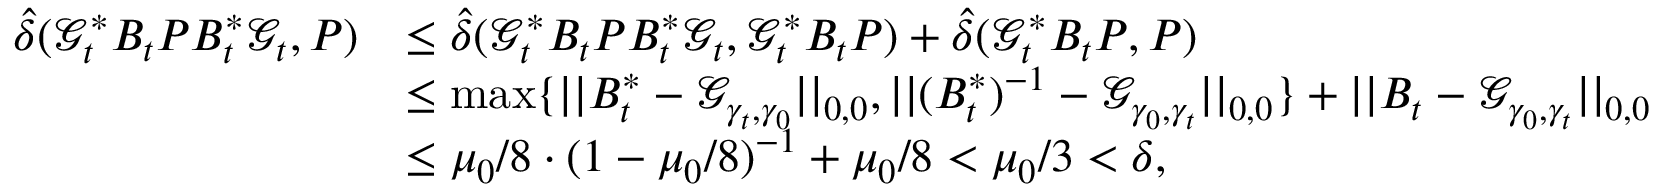
\begin{array} { r l } { \hat { \delta } ( \mathcal { G } _ { t } ^ { \ast } B _ { t } P B _ { t } ^ { \ast } \mathcal { G } _ { t } , P ) } & { \leq \hat { \delta } ( \mathcal { G } _ { t } ^ { \ast } B _ { t } P B _ { t } ^ { \ast } \mathcal { G } _ { t } , \mathcal { G } _ { t } ^ { \ast } B _ { t } P ) + \hat { \delta } ( \mathcal { G } _ { t } ^ { \ast } B _ { t } P , P ) } \\ & { \leq \operatorname* { m a x } \{ | | B _ { t } ^ { \ast } - \mathcal { G } _ { \gamma _ { t } , \gamma _ { 0 } } | | _ { 0 , 0 } , | | ( B _ { t } ^ { \ast } ) ^ { - 1 } - \mathcal { G } _ { \gamma _ { 0 } , \gamma _ { t } } | | _ { 0 , 0 } \} + | | B _ { t } - \mathcal { G } _ { \gamma _ { 0 } , \gamma _ { t } } | | _ { 0 , 0 } } \\ & { \leq \mu _ { 0 } / 8 \cdot ( 1 - \mu _ { 0 } / 8 ) ^ { - 1 } + \mu _ { 0 } / 8 < \mu _ { 0 } / 3 < \delta , } \end{array}